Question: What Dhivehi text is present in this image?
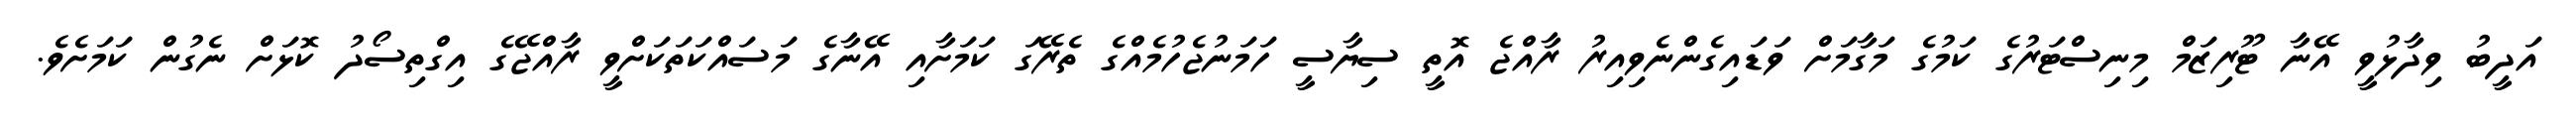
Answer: އަދީބު ވިދާޅުވީ އޭނާ ޓޫރިޒަމް މިނިސްޓަރުގެ ކަމުގެ މަގާމަށް ވަޑައިގެންނެވިއިރު ރާއްޖެ އޮތީ ސިޔާސީ ހަމަނުޖެހުމެއްގެ ތެރޭގަ ކަމަށާއި އޭނާގެ މަސައްކަތަކަށްވީ ރާއްޖޭގެ އިގްތިސޯދު ކޮޅަށް ނެގުން ކަމަށެވެ.